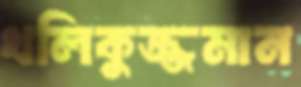
খলিকুজ্জমান